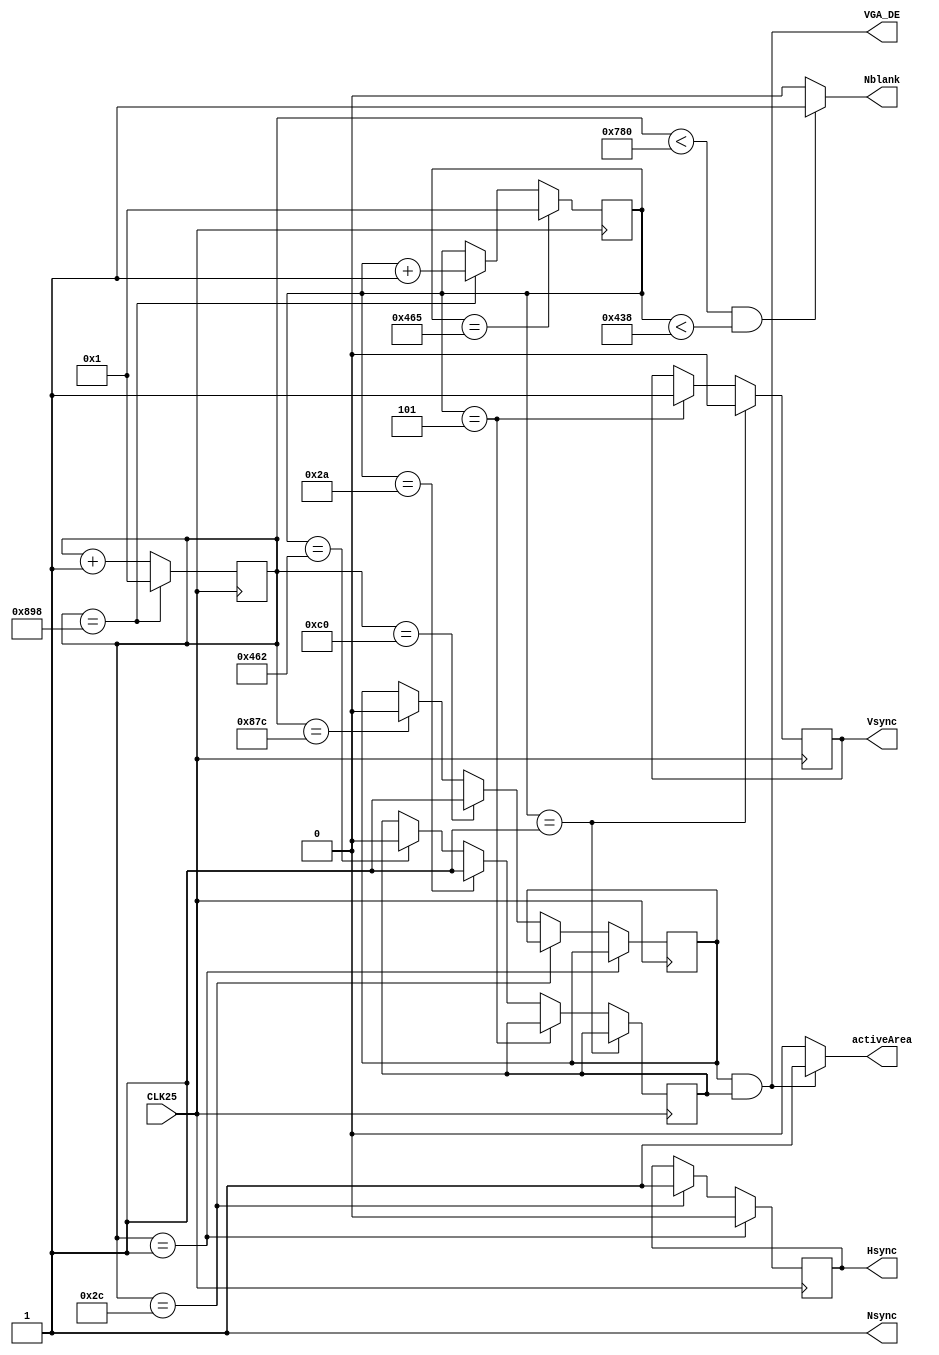
//--------------------------------------------------------------------------------------------
//
// Generated by X-HDL VHDL Translator - Version 2.0.0 Feb. 1, 2011
// ?? ?? 29 2018 17:22:57
//
//      Input file      : 
//      Component name  : vga
//      Author          : 
//      Company         : 
//
//      Description     : 
//
//
//--------------------------------------------------------------------------------------------

// ok, let's brush up our French here; :-)

module VGA(
  	input  	CLK25,
 	output  Hsync,
 	output  Vsync,
 	output  Nblank,
  	output 	activeArea,
	output  Nsync,
	output  VGA_DE
);
  // Horloge d'entre de 75.25 MHz              
  // les deux signaux de synchronisation pour l'ecran VGA
  
  
  // signal de commande du convertisseur N/A ADV7123
  
  // signaux de synchronisation et commande de l'ecran TFT
   
   reg        activeArea_r;
   reg [9:0]  Hcnt;		// pour le comptage des colonnes
   reg [9:0]  Vcnt;		// pour le comptage des lignes
   wire       video;
   parameter  HM = 799;		//la taille maximale considere 800 (horizontal)
   parameter  HD = 640;		//la taille de l'ecran (horizontal)
   parameter  HF = 16;		//front porch
   parameter  HB = 48;		//back porch
   parameter  HR = 96;		//sync time
   parameter  VM = 524;		//la taille maximale considere 525 (vertical)  
   parameter  VD = 480;		//la taille de l'ecran (vertical)
   parameter  VF = 10;		//front porch
   parameter  VB = 33;		//back porch
   parameter  VR = 2;		//retrace
   

//---------------------------------//
// 1980*1080  60HZ
//--------------------------------//
parameter H_Total		=	2200; //2200
parameter H_Sync		=	44; //44
parameter H_Back		=	148;//148
parameter H_Active	=	1920;   //1920
parameter H_Front		=	88; //88
parameter H_Start		=	192; //192
parameter H_End		=	2172;  //2172
//-------------------------------//
// 1920*1080	60HZ  	
//-------------------------------//
parameter V_Total		=	1125;  //1125
parameter V_Sync		=	5;   //5
parameter V_Back		=	37; //37
parameter V_Active	=	1080;  //1080
parameter V_Front		=	3; //3
parameter V_Start		=	42; //42
parameter V_End		=	1122;  //1122


reg[11:0]	x_cnt = 12'd1;


always @(posedge CLK25)	begin	//
 if(x_cnt==H_Total)
	x_cnt	<=	12'd1;
	else
	x_cnt	<=	x_cnt	+	1;
end

reg	hsync_r = 1'b1;
reg	hs_de	= 1'b0;
always @(posedge CLK25)
begin
 if(x_cnt==1)
	hsync_r	<=	1'b0;
	else if(x_cnt==H_Sync)
	hsync_r	<=	1'b1;

	else if(x_cnt==H_Start)
	hs_de	<=	1'b1;
	else if(x_cnt==H_End)
	hs_de	<=	1'b0;
end

reg[11:0]	y_cnt = 12'd1;		//
always @(posedge CLK25)
begin
	if(y_cnt==V_Total)
	y_cnt	<=	12'd1;
	else if(x_cnt==H_Total)
	y_cnt	<=	y_cnt	+	1;
end

reg	vsync_r = 1'b1;
reg	vs_de   = 1'b0;
always @(posedge CLK25)
begin
	 if(y_cnt==1)
	vsync_r	<=	1'b0;
	else if(y_cnt==V_Sync)
	vsync_r	<=	1'b1;
	else if(y_cnt==V_Start)
	vs_de	<=	1'b1;
	else if(y_cnt==V_End)
	vs_de	<=	1'b0;
end
 
 assign	   Hsync = hsync_r;
 assign	   Vsync = vsync_r ;
  assign Nblank = ((x_cnt < H_Active) & (y_cnt < V_Active)) ? 1'b1 : 	1'b0;	// c'est pour utiliser la resolution complete 640 x 480  
   assign VGA_DE =  hs_de	&	vs_de;             

	assign activeArea = (hs_de & vs_de)? 1'b1:1'b0;




   
   
   // initialisation d'un compteur de 0 a 799 (800 pixel par ligne):
   // a chaque front d'horloge en incremente le compteur de colonnes
   // c-a-d du 0 a 799.
   
//   always @(posedge CLK25)
//       begin
//         if (x_cnt == H_Total) begin		// 799
//          
//            if (y_cnt == V_Total) begin		// 524
//              
//               activeArea <= 1'b1;
//            end else begin
//               if (y_cnt < 1080 - 1)
//                  activeArea <= 1'b1;
//              
//            end
//         end else begin
//            if (x_cnt == 1920 - 1)
//               activeArea <= 1'b0;
//           
//         end
//      end 
   
   // generation du signal de synchronisation horizontale Hsync:
   
   //always @(posedge CLK25)
//       begin
//         if (Hcnt >= (HD + HF) & Hcnt <= (HD + HF + HR - 1))		// Hcnt >= 656 and Hcnt <= 751
//            Hsync <= 1'b0;
//         else
//            Hsync <= 1'b1;
//      end 
//   
//   // generation du signal de synchronisation verticale Vsync:
//   
//   always @(posedge CLK25)
//       begin
//         if (Vcnt >= (VD + VF) & Vcnt <= (VD + VF + VR - 1))		//-Vcnt >= 490 and vcnt<= 491
//            Vsync <= 1'b0;
//         else
//            Vsync <= 1'b1;
//      end 
//   
//   // Nblank et Nsync pour commander le covertisseur ADV7123:
   assign Nsync = 1'b1;
//   assign video = ((Hcnt < HD) & (Vcnt < VD)) ? 1'b1 : 	1'b0;	// c'est pour utiliser la resolution complete 640 x 480  
//                 
//   assign Nblank = video;
   
endmodule